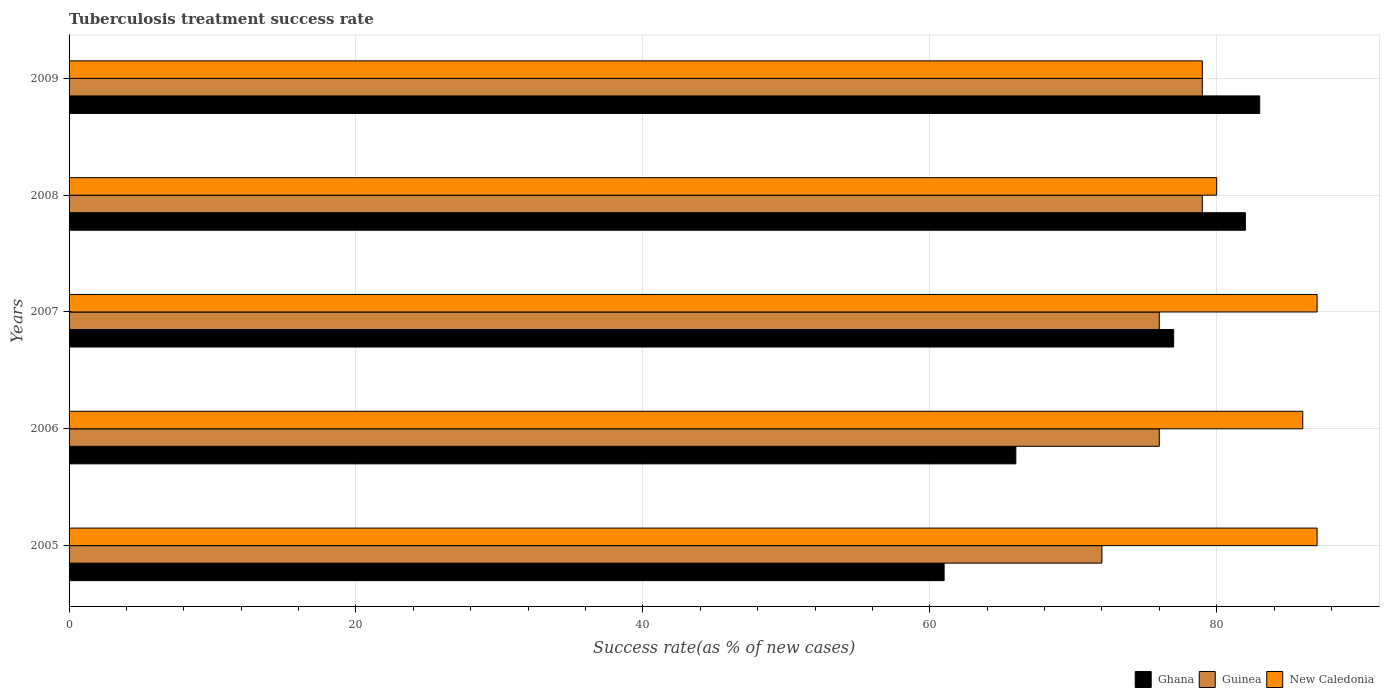
| Years | Ghana | Guinea | New Caledonia |
 | --- | --- | --- | --- |
 | 2005 | 61 | 72 | 87 |
 | 2006 | 66 | 76 | 86 |
 | 2007 | 77 | 76 | 87 |
 | 2008 | 82 | 79 | 80 |
 | 2009 | 83 | 79 | 79 |